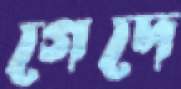
গেদে